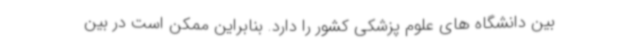
بین دانشگاه های علوم پزشکی کشور را دارد. بنابراین ممکن است در بین